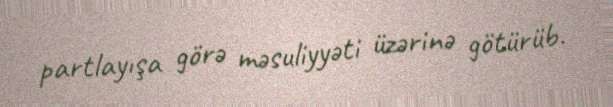
partlayışa görə məsuliyyəti üzərinə götürüb.